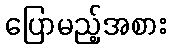
ပြောမည့်အစား